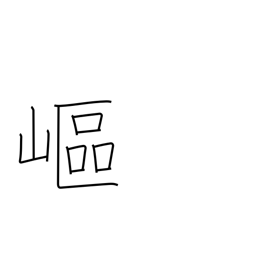
Meaning: steep